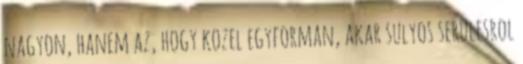
nagyon, hanem az, hogy kozel egyforman, akar sulyos serulesrol